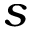
s